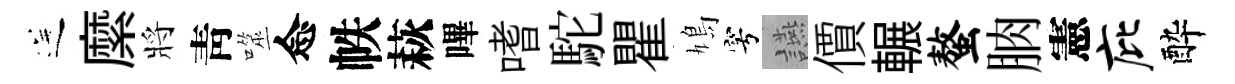
送縻將靑噬念帙萩嗶嗜駝瞿鳩穹讌價輾螯朒憲庇酔